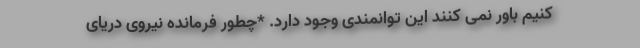
کنیم باور نمی کنند این توانمندی وجود دارد. *چطور فرمانده نیروی دریای